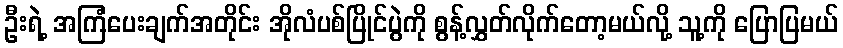
ဦးရဲ့ အကြံပေးချက်အတိုင်း အိုလံပစ်ပြိုင်ပွဲကို စွန့်လွှတ်လိုက်တော့မယ်လို့ သူ့ကို ပြောပြမယ်